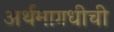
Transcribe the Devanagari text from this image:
अर्थमागधीची